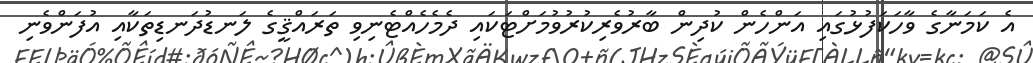
އެ ކަމަނާގެ ވާހަކަފުޅުގައި އަންހެން ކުދިން ބާރުވެރިކުރުވުމަށްޓަކައި ދެމެހެއްޓެނިވި ތަރައްޤީގެ ލަނޑުދަނޑިތަކާއި އުފަންވެނި